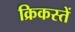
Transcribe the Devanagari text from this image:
क्रिकस्तें